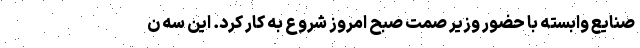
صنایع وابسته با حضور وزیر صمت صبح امروز شروع به کار کرد. این سه ن